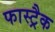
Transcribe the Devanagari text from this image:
फास्ट्रैक